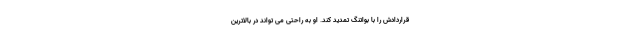
قراردادش را با بواتنگ تمدید کند. او به راحتی می تواند در بالاترین